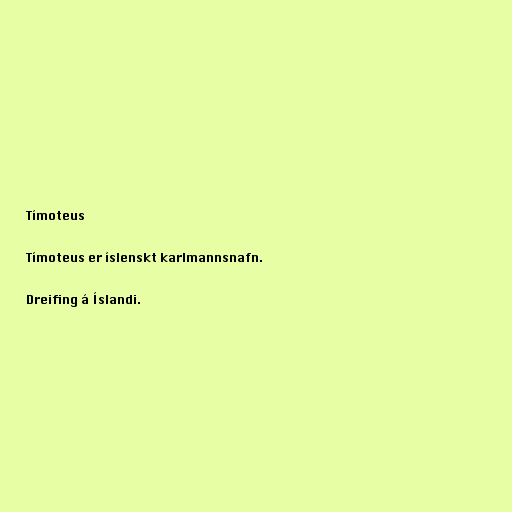
Tímoteus

Tímoteus er íslenskt karlmannsnafn.

Dreifing á Íslandi.